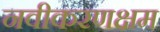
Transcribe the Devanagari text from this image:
नवीकरणक्षम